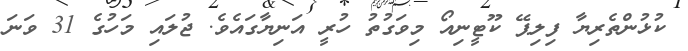
ކުޅުންތެރިޔާ ފިލިޕޭ ކޫޓީނިއޯ މިވަގުތު ހުރީ އަނިޔާގައެވެ. ޖުލައި މަހުގެ 31 ވަނަ